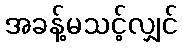
အခန့်မသင့်လျှင်